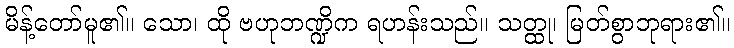
မိန့်တော်မူ၏။ သော၊ ထို ဗဟုဘဏ္ဍိက ရဟန်းသည်။ သတ္ထု၊ မြတ်စွာဘုရား၏။